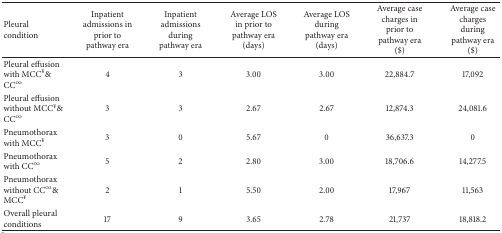
<table><thead><tr><td><b>Pleural condition</b></td><td><b>Inpatient admissions in prior to pathway era </b></td><td><b>Inpatient admissions during pathway era</b></td><td><b>Average LOS in prior to pathway era(days) </b></td><td><b>Average LOS during pathway era (days)</b></td><td><b>Average case charges in prior to pathway era ($)</b></td><td><b>Average case charges during pathway era ($)</b></td></tr></thead><tbody><tr><td>Pleural effusion with MCC<sup>¥</sup> &amp; CC<sup>∞</sup></td><td>4</td><td>3</td><td>3.00</td><td>3.00</td><td>22,884.7</td><td> 17,092</td></tr><tr><td>Pleural effusion without MCC<sup>¥</sup> &amp; CC<sup>∞</sup></td><td>3</td><td>3</td><td>2.67</td><td>2.67</td><td> 12,874.3</td><td> 24,081.6</td></tr><tr><td>Pneumothorax with MCC<sup>¥</sup></td><td>3</td><td>0</td><td>5.67</td><td>0</td><td> 36,637.3</td><td>0</td></tr><tr><td>Pneumothorax with CC<sup>∞</sup></td><td>5</td><td>2</td><td>2.80</td><td>3.00</td><td>18,706.6</td><td> 14,277.5</td></tr><tr><td>Pneumothorax without CC<sup>∞</sup> &amp; MCC<sup>¥</sup></td><td>2</td><td>1</td><td>5.50</td><td>2.00</td><td>17,967</td><td> 11,563</td></tr><tr><td>Overall pleural conditions</td><td> 17</td><td>9</td><td>3.65</td><td>2.78</td><td>21,737</td><td>18,818.2</td></tr></tbody></table>